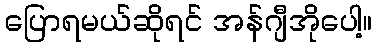
ပြောရမယ်ဆိုရင် အန်ဂျီအိုပေါ့။